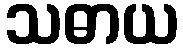
သဓာယ